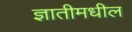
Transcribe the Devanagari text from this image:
ज्ञातीमधील